Indian journal of veterinary science and animal husbandry - Volume 12,
Year: 1942
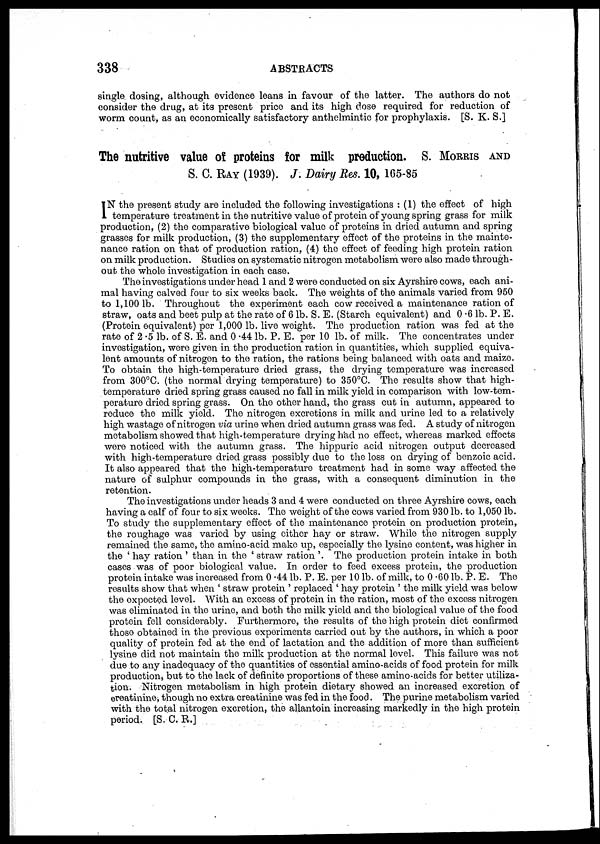
338
ABSTRACTS
single dosing, although evidence leans in favour of the latter. The authors do not
consider the drug, at its present price and its high dose required for reduction of
worm count, as an economically satisfactory anthelmintic for prophylaxis. [S. K. S.]
The nutritive value of proteins for milk production. S. MORRIS AND
S. C. RAY (1939). J. Dairy Res. 10, 165-85
I N the present study are included the following investigations : (1) the effect of high
temperature treatment in the nutritive value of protein of young spring grass for milk
production, (2) the comparative biological value of proteins in dried autumn and spring
grasses for milk production, (3) the supplementary effect of the proteins in the mainte-
nance ration on that of production ration, (4) the effect of feeding high protein ration
on milk production. Studies on systematic nitrogen metabolism were also made through-
out the whole investigation in each case.
The investigations under head 1 and 2 were conducted on six Ayrshire cows, each ani-
mal having calved four to six weeks back. The weights of the animals varied from 950
to 1,100 lb. Throughout the experiment each cow received a maintenance ration of
straw, oats and beet pulp at the rate of 6 lb. S. E. (Starch equivalent) and 0.6 lb. P. E.
(Protein equivalent) per 1,000 lb. live weight. The production ration was fed at the
rate of 2.5 lb. of S. E. and 0.44 lb. P. E. per 10 lb. of milk. The concentrates under
investigation, were given in the production ration in quantities, which supplied equiva-
lent amounts of nitrogen to the ration, the rations being balanced with oats and maize.
To obtain the high-temperature dried grass, the drying temperature was increased
from 300°C. (the normal drying temperature) to 350°C. The results show that high-
temperature dried spring grass caused no fall in milk yield in comparison with low-tem-
perature dried spring grass. On the other hand, the grass cut in autumn, appeared to
reduce the milk yield. The nitrogen excretions in milk and urine led to a relatively
high wastage of nitrogen via urine when dried autumn grass was fed. A study of nitrogen
metabolism showed that high-temperature drying had no effect, whereas marked effects
were noticed with the autumn grass. The hippuric acid nitrogen output decreased
with high-temperature dried grass possibly due to the loss on drying of benzoic acid.
It also appeared that the high-temperature treatment had in some way affected the
nature of sulphur compounds in the grass, with a consequent diminution in the
retention.
The investigations under heads 3 and 4 were conducted on three Ayrshire cows, each
having a calf of four to six weeks. The weight of the cows varied from 930 lb. to 1,050 lb.
To study the supplementary effect of the maintenance protein on production protein,
the roughage was varied by using either hay or straw. While the nitrogen supply
remained the same, the amino-acid make up, especially the lysine content, was higher in
the ' hay ration ' than in the ' straw ration '. The production protein intake in both
cases was of poor biological value. In order to feed excess protein, the production
protein intake was increased from 0.44 lb. P. E. per 10 lb. of milk, to 0.60 lb. P. E. The
results show that when ' straw protein ' replaced ' hay protein ' the milk yield was below
the expected level. With an excess of protein in the ration, most of the excess nitrogen
was eliminated in the urine, and both the milk yield and the biological value of the food
protein fell considerably. Furthermore, the results of the high protein diet confirmed
those obtained in the previous experiments carried out by the authors, in which a poor
quality of protein fed at the end of lactation and the addition of more than sufficient
lysine did not maintain the milk production at the normal level. This failure was not
due to any inadequacy of the quantities of essential amino-acids of food protein for milk
production, but to the lack of definite proportions of these amino-acids for better utiliza-
tion. Nitrogen metabolism in high protein dietary showed an increased excretion of
ereatinine, though no extra creatinine was fed in the food. The purine metabolism varied
with the total nitrogen excretion, the allantoin increasing markedly in the high protein
period. [S. C. R.]